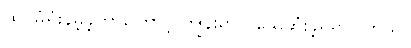
ထပ်မံရှုံးနိမ့်ခဲ့တာကြောင့် ကျွန်းမှာပဲ သေဆုံးခဲ့ရရှာပါတယ်။